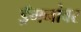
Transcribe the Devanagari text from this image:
ड्रॅगनांवर